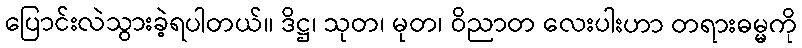
ပြောင်းလဲသွားခဲ့ရပါတယ်။ ဒိဋ္ဌ၊ သုတ၊ မုတ၊ ဝိညာတ လေးပါးဟာ တရားဓမ္မကို